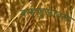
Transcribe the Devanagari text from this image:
ब्रम्हकुळातले